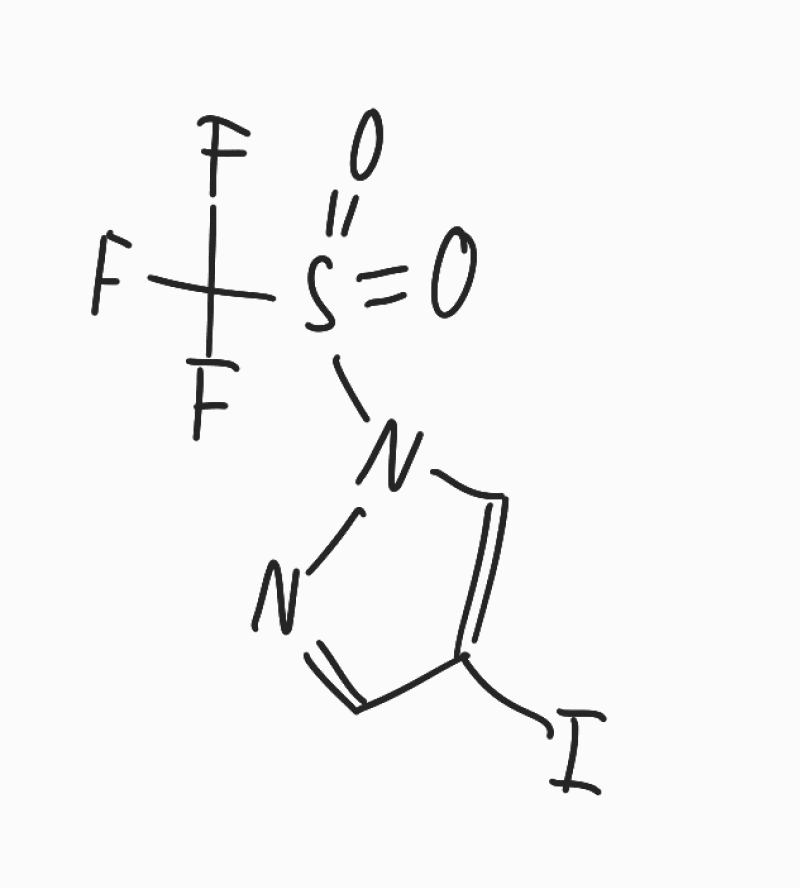
Simplified molecular-input line-entry system (SMILES) notation of the given molecule:
C1=C(C=NN1S(=O)(=O)C(F)(F)F)I